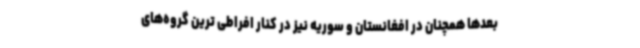
بعدها همچنان در افغانستان و سوریه نیز در کنار افراطی ترین گروه‌های